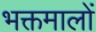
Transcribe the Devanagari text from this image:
भक्तमालों